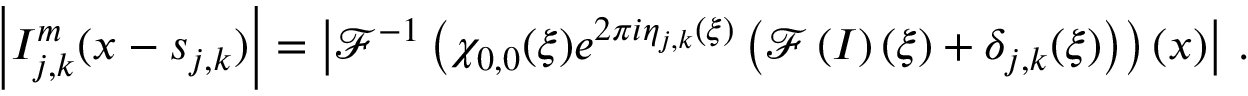
\left\vert I _ { j , k } ^ { m } ( \boldsymbol { x } - \boldsymbol { s } _ { j , k } ) \right\vert = \left\vert \mathcal { F } ^ { - 1 } \left( \chi _ { 0 , 0 } ( \boldsymbol { \xi } ) e ^ { 2 \pi i \eta _ { j , k } ( \boldsymbol { \xi } ) } \left( \mathcal { F } \left( I \right) ( \boldsymbol { \xi } ) + \delta _ { j , k } ( \boldsymbol { \xi } ) \right) \right) ( \boldsymbol { x } ) \right\vert \, .